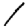
Digit: 1